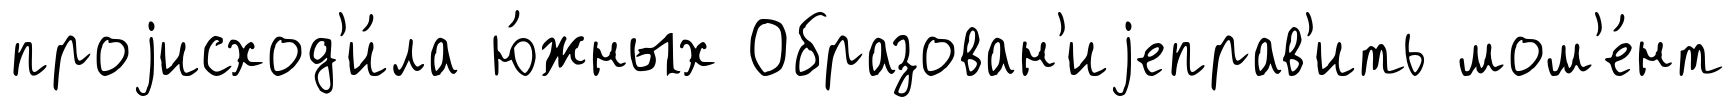
проjисход'и́ла ю́жных Образован'иjеправ'ить мом'е́нт